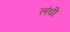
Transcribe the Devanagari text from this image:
लंघी